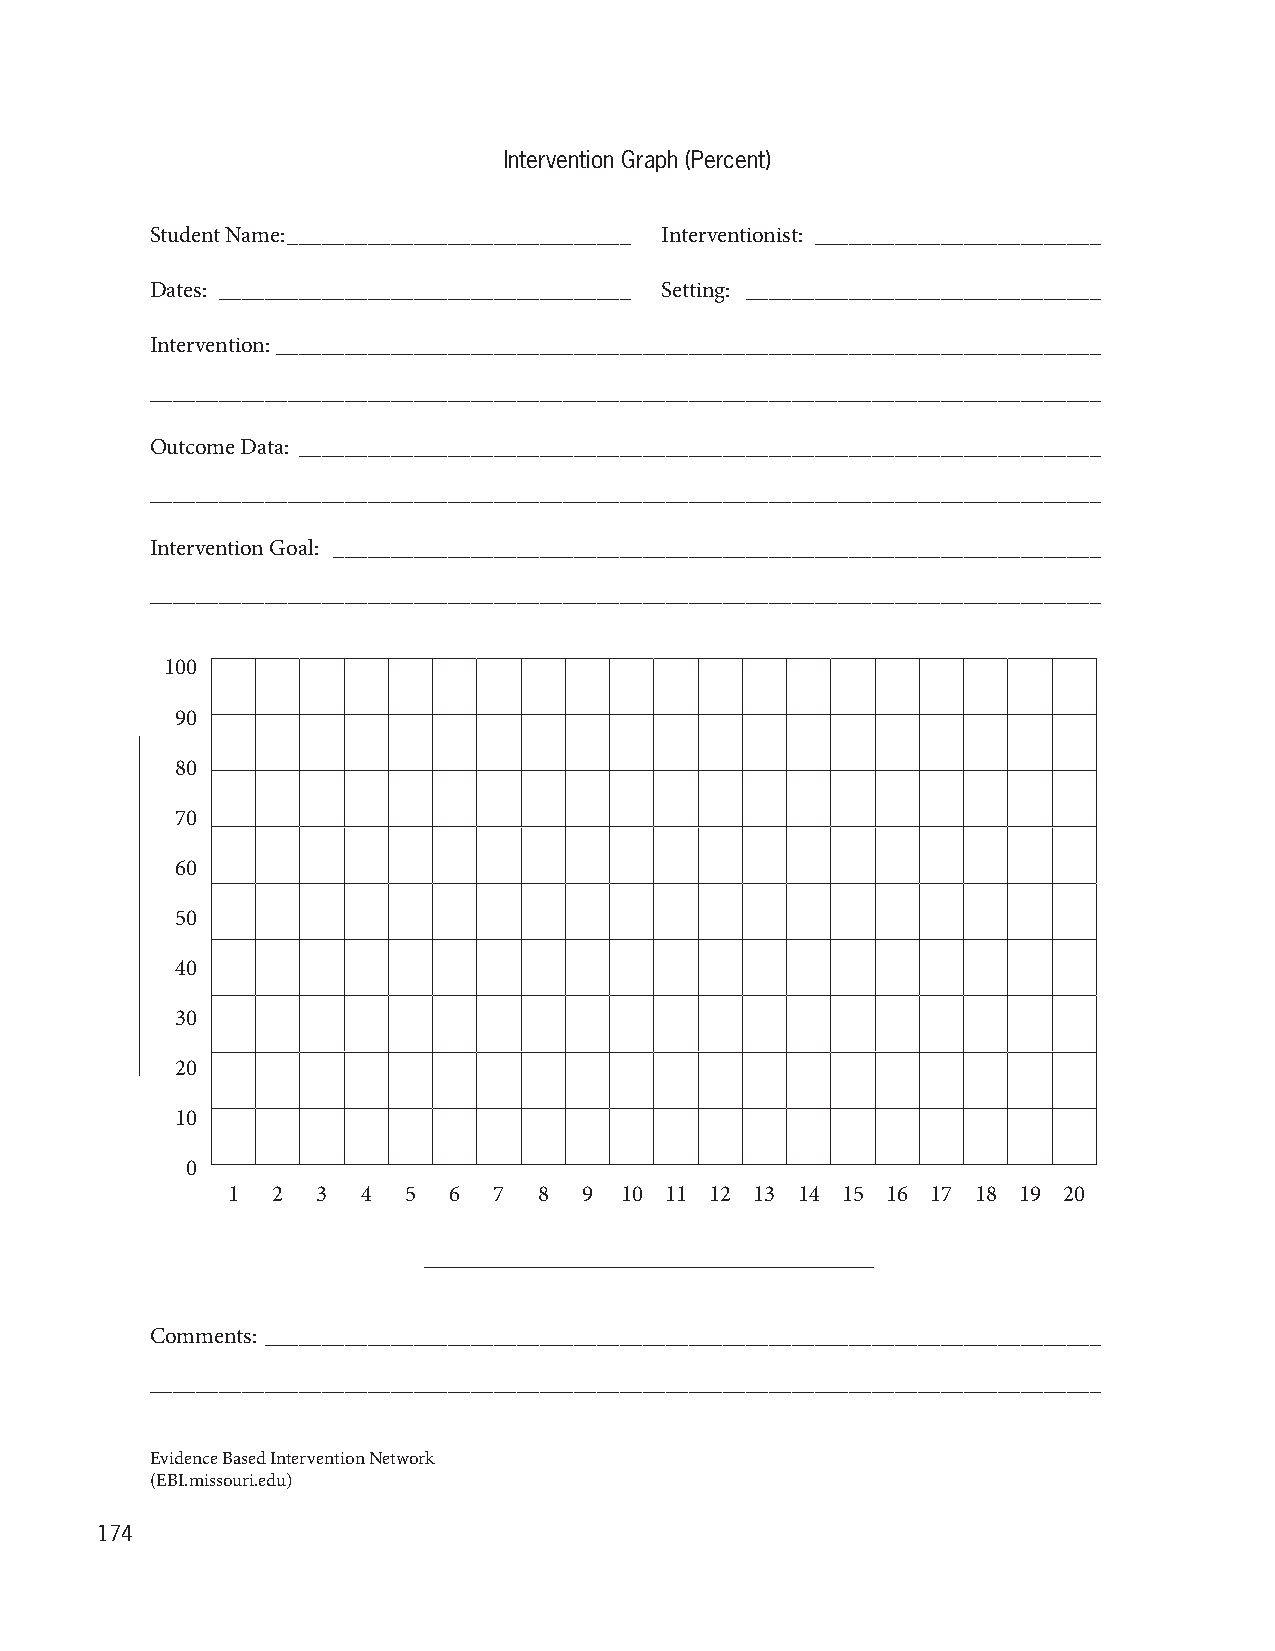
Intervention Graph (Percent)
 Student Name: ______________________________ Interventionist: _________________________
 Dates: ____________________________________ Setting: _______________________________
 Intervention: ________________________________________________________________________
 ___________________________________________________________________________________
 Outcome Data: ______________________________________________________________________
 ___________________________________________________________________________________
 Intervention Goal: ___________________________________________________________________
 ___________________________________________________________________________________
 100
 90
 80
 70
 60
 50
 40
 30
 20
 10
 0
 1  2  3  4  5  6  7  8  9 10 11 12 13 14 15 16 17 18 19 20
 Comments: _________________________________________________________________________
 ___________________________________________________________________________________
 Evidence Based Intervention Network
 (EBI.missouri.edu)
 174